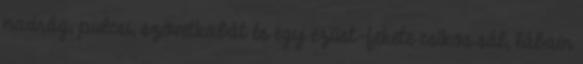
nadrág, pulcsi, szövetkabát és egy ezüst-fekete csíkos sál, lábain